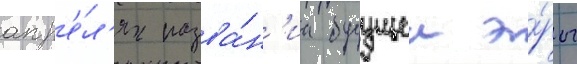
апр'е́л'я назва́н'иа будущеи э́ры